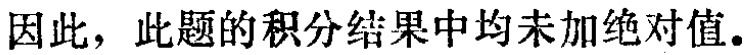
因此，此题的积分结果中均未加绝对值。